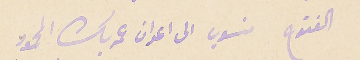
الفتوح منسوب الى اعوان عمر بك المحمود